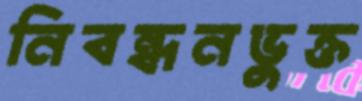
নিবন্ধনভুক্ত